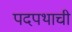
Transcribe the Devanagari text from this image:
पदपथाची